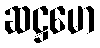
ဆဋ္ဌမော